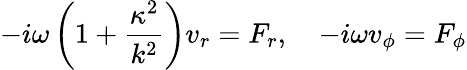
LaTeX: -i\omega\left(1+\frac{\kappa^{2}}{k^{2}}\right)v_{r}=F_{r},\quad-i\omega v_{\phi}=F_{\phi}